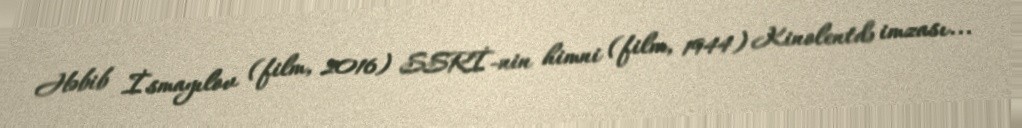
Həbib İsmayılov (film, 2016) SSRİ-nin himni (film, 1944) Kinolentdə imzası...